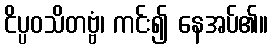
ငိပ္ပဝသိတဗ္ဗံ၊ ကင်း၍ နေအပ်၏။